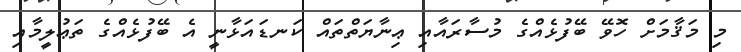
މި މަޤާމަށް ހޮވޭ ބޭފުޅެއްގެ މުސާރައާއި ޢިނާޔަތްތައް ކަނޑައަޅާނީ އެ ބޭފުޅެއްގެ ތަޢުލީމާއި